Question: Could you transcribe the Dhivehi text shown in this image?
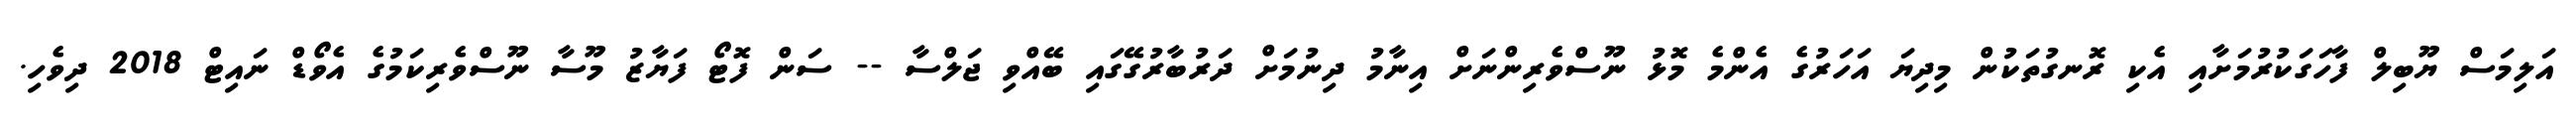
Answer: އަލިމަސް ޔޫބިލް ފާހަގަކުރުމަށާއި އެކި ރޮނގުތަކުން މިދިޔަ އަހަރުގެ އެންމެ މޮޅު ނޫސްވެރިންނަށް އިނާމު ދިނުމަށް ދަރުބާރުގޭގައި ބޭއްވި ޖަލްސާ -- ސަން ފޮޓޯ ފަޔާޒު މޫސާ ނޫސްވެރިކަމުގެ އެވޯޑް ނައިޓް 2018 ދިވެހި.